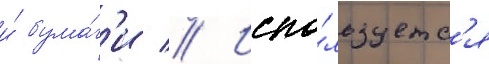
и́ бума́г'и // Испо́льзуетс'я